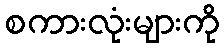
စကားလုံးများကို